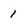
Character: 1